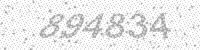
Solution: 894834